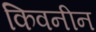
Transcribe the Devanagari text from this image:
किवनीन